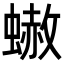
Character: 𧐭